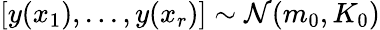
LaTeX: [y(x_{1}),...,y(x_{r})]\sim{\mathcal{N}}(m_{0},K_{0})